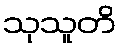
သုသူတိ